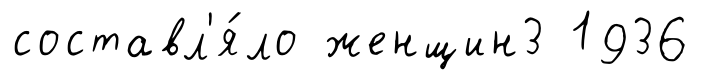
составл'я́ло женщин3 1936